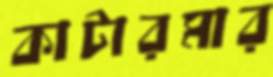
কাটারমার